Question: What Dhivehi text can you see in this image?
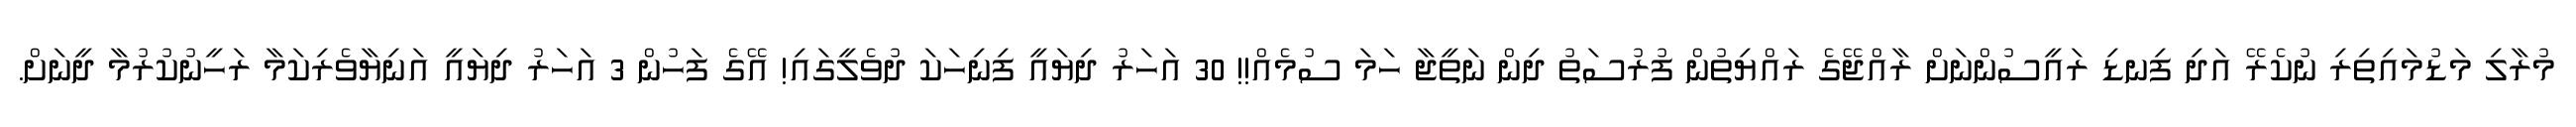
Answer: މުރާލި މަޑުމައިތިރި ނުކެރޭ އަދި ފިނޑި ރައީސުންނަށް ރާއްޖޭގެ ރައްޔިތުން ފުރުސަތު ދިން ނަތީޖާ ހަމަ ސުމެއް!! 30 އަހަރު ދިޔައީ ފިނިހަކަ ދުވެލީގައި! އޭގެ ފަހުން 3 އަހަރު ދިޔައީ އަނިޔާވެރިކަމާ ރަހީނުކުރުމާ ދީނަށް.